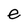
Character: e